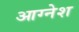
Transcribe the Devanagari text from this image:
आग्नेश